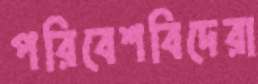
পরিবেশবিদেরা